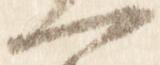
一